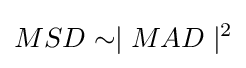
MSD\sim \mid MAD\mid ^{2}